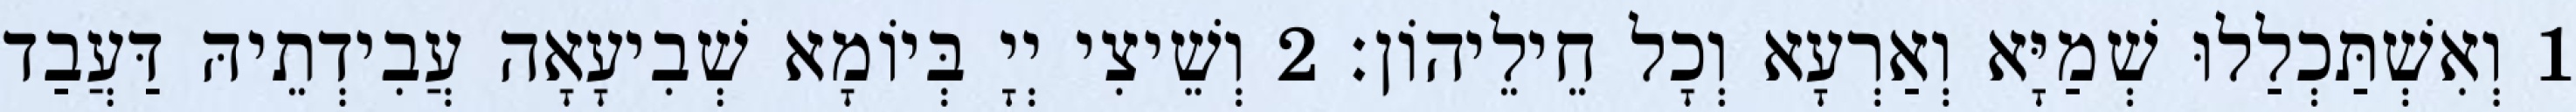
1 וְאִשְׁתַּכְלַלוּ שְׁמַיָּא וְאַרְעָא וְכָל חֵילֵיהוֹן׃ 2 וְשֵׁיצִי יְיָ בְּיוֹמָא שְׁבִיעָאָה עֲבִידְתֵיהּ דַּעֲבַד